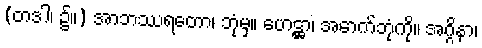
(တဒါ၊ ၌။) အာဘဿရတော၊ ဘုံမှ။ ဟေဋ္ဌာ၊ အောက်ဘုံကို။ အဂ္ဂိနာ၊